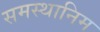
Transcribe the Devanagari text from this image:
समस्थानिम